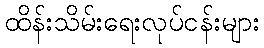
ထိန်းသိမ်းရေးလုပ်ငန်းများ